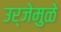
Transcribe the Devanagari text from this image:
उर्जेमुळे